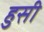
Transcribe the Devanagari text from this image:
हुसी